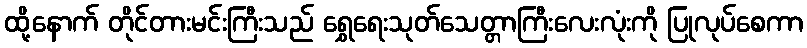
ထို့နောက် တိုင်တားမင်းကြီးသည် ရွှေရေးသုတ်သေတ္တာကြီးလေးလုံးကို ပြုလုပ်စေကာ